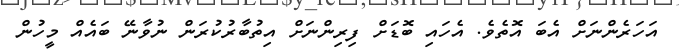
އަހަރެންނަށް އެބަ އޮތެވެ. އެހައި ބޮޑަށް ފިރިންނަށް އިތުބާރުކުރަން ނުވާނޭ ބައެއް މީހުން